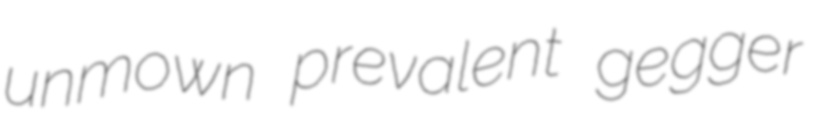
unmown prevalent gegger